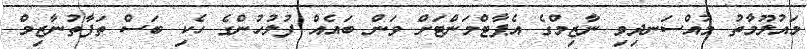
މައުލޫމާތު މުއްސަނދިވި ނާޒިމްގެ އެޕާޓްމަންޓަށް ވަން ބައެއް ފުލުހުންގެ ހެކި ބަސް ތަފާތުނާޒިމް